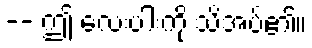
-- ဤ လေးပါးကို သိအပ်၏။